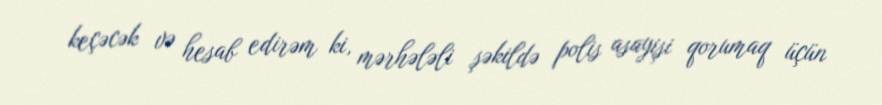
keçəcək və hesab edirəm ki, mərhələli şəkildə polis asayişi qorumaq üçün